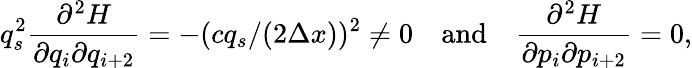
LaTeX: q_{s}^{2}{\frac{\partial^{2}H}{\partial q_{i}\partial q_{i+2}}}=-(cq_{s}/(2\Delta x))^{2}\neq 0\quad\mathrm{and}\quad{\frac{\partial^{2}H}{\partial p_{i}\partial p_{i+2}}}=0,